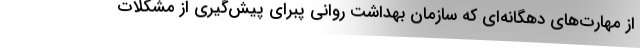
از مهارت‌های دهگانه‌ای که سازمان بهداشت روانی پبرای پیش‌گیری از مشکلات